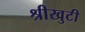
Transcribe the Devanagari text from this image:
श्रीखुटी